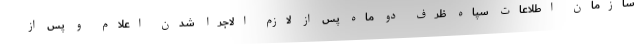
سازمان اطلاعات سپاه ظرف دو ماه پس از لازم الاجرا شدن اعلام و پس از